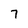
Character: 7